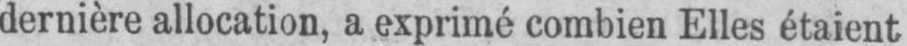
dernière allocation, a exprimé combien Elles étaient